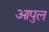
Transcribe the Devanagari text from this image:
आपुल